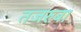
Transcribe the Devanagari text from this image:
तजरुबा